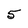
Character: 5